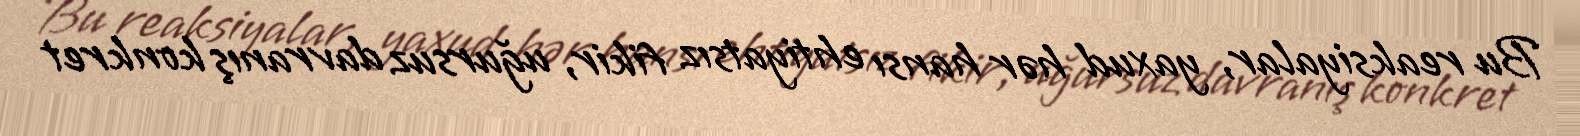
Bu reaksiyalar, yaxud hər hansı ehtiyatsız fikir, uğursuz davranış konkret